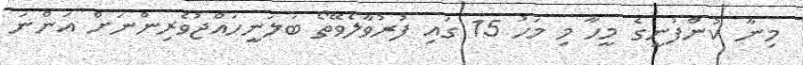
މިނާ ކުންފުނީގެ މީހާ މި މަހު 15 ގައި ފުރުވާލެވޭތޯ ބަލަނީހައްޖުވެރިންނަށް އަންނަ